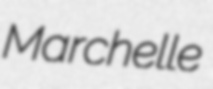
Marchelle